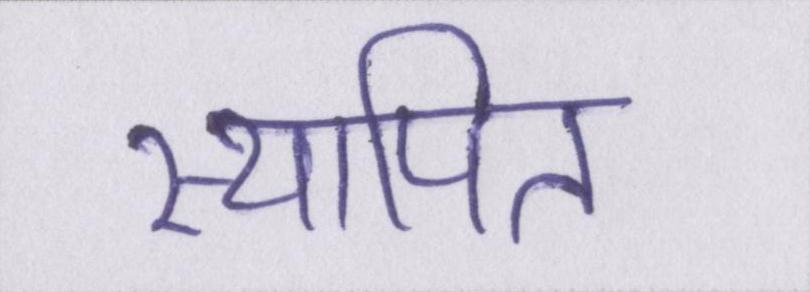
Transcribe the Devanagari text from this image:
स्थापित